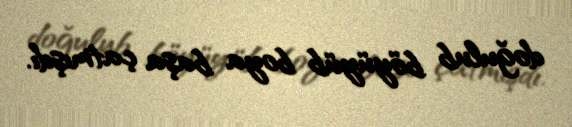
doğulub böyüyüb boya başa çatmışdı.